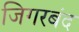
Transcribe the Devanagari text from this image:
जिगरबंद